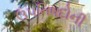
ઉપનિષદોની